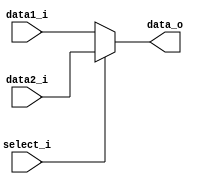
module MUX32_2
(
    data1_i,
    data2_i,
    select_i,
    data_o
);

    parameter width = 32;

    input   [width - 1: 0]     data1_i;
    input   [width - 1: 0]     data2_i;
    input                      select_i;
    output  [width - 1: 0]     data_o;

    assign data_o = select_i ? data2_i : data1_i;

endmodule